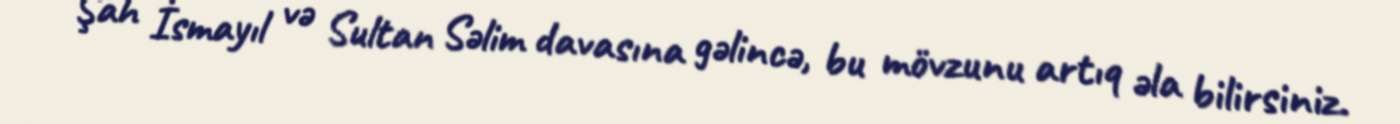
Şah İsmayıl və Sultan Səlim davasına gəlincə, bu mövzunu artıq əla bilirsiniz.